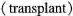
(transplant)